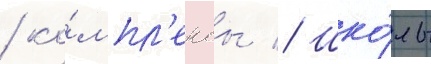
/ ко́мпл'ексы // Шко́лы